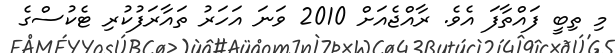
މި ތިބީ ފައްތާފަ އެވެ. ރާއްޖެއަށް 2010 ވަނަ އަހަރު ތައާރަފުކުރި ޓެކުސްގެ